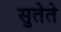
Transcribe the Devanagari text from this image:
सुतेते